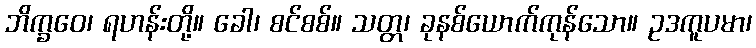
ဘိက္ခဝေ၊ ရဟန်းတို့။ ခေါ၊ စင်စစ်။ သတ္တ၊ ခုနစ်ယောက်ကုန်သော။ ဥဒကူပမာ၊